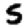
Digit: 5